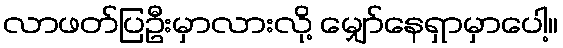
လာဖတ်ပြဦးမှာလားလို့ မျှော်နေရှာမှာပေါ့။